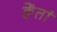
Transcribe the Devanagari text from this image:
क्वेंतां